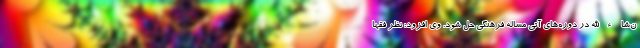
ن‌شاءالله در دوره‌های آتی مساله فرهنگی حل شود. وی افزود: نظر فقها